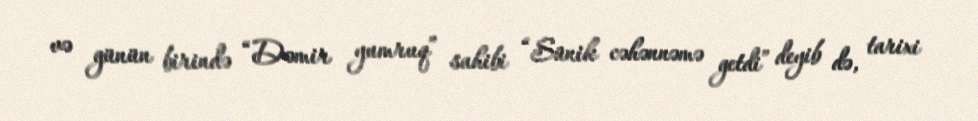
və günün birində “Dəmir yumruq” sahibi “Sünik cəhənnəmə getdi” deyib də, tarixi